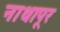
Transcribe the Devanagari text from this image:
नाथापूर